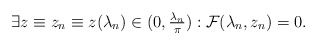
\begin{align*} \exists z \equiv z_n \equiv z (\lambda_n) \in (0, \tfrac{\lambda_n}{\pi}) : {\cal F} (\lambda_n, z_n) = 0. \end{align*}